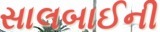
સાલબાઈની